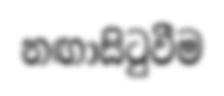
නඟාසිටුවීම